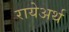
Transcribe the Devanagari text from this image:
रायेअर्थ